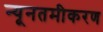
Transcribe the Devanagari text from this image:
न्यूनतमीकरण